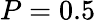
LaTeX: P=0.5